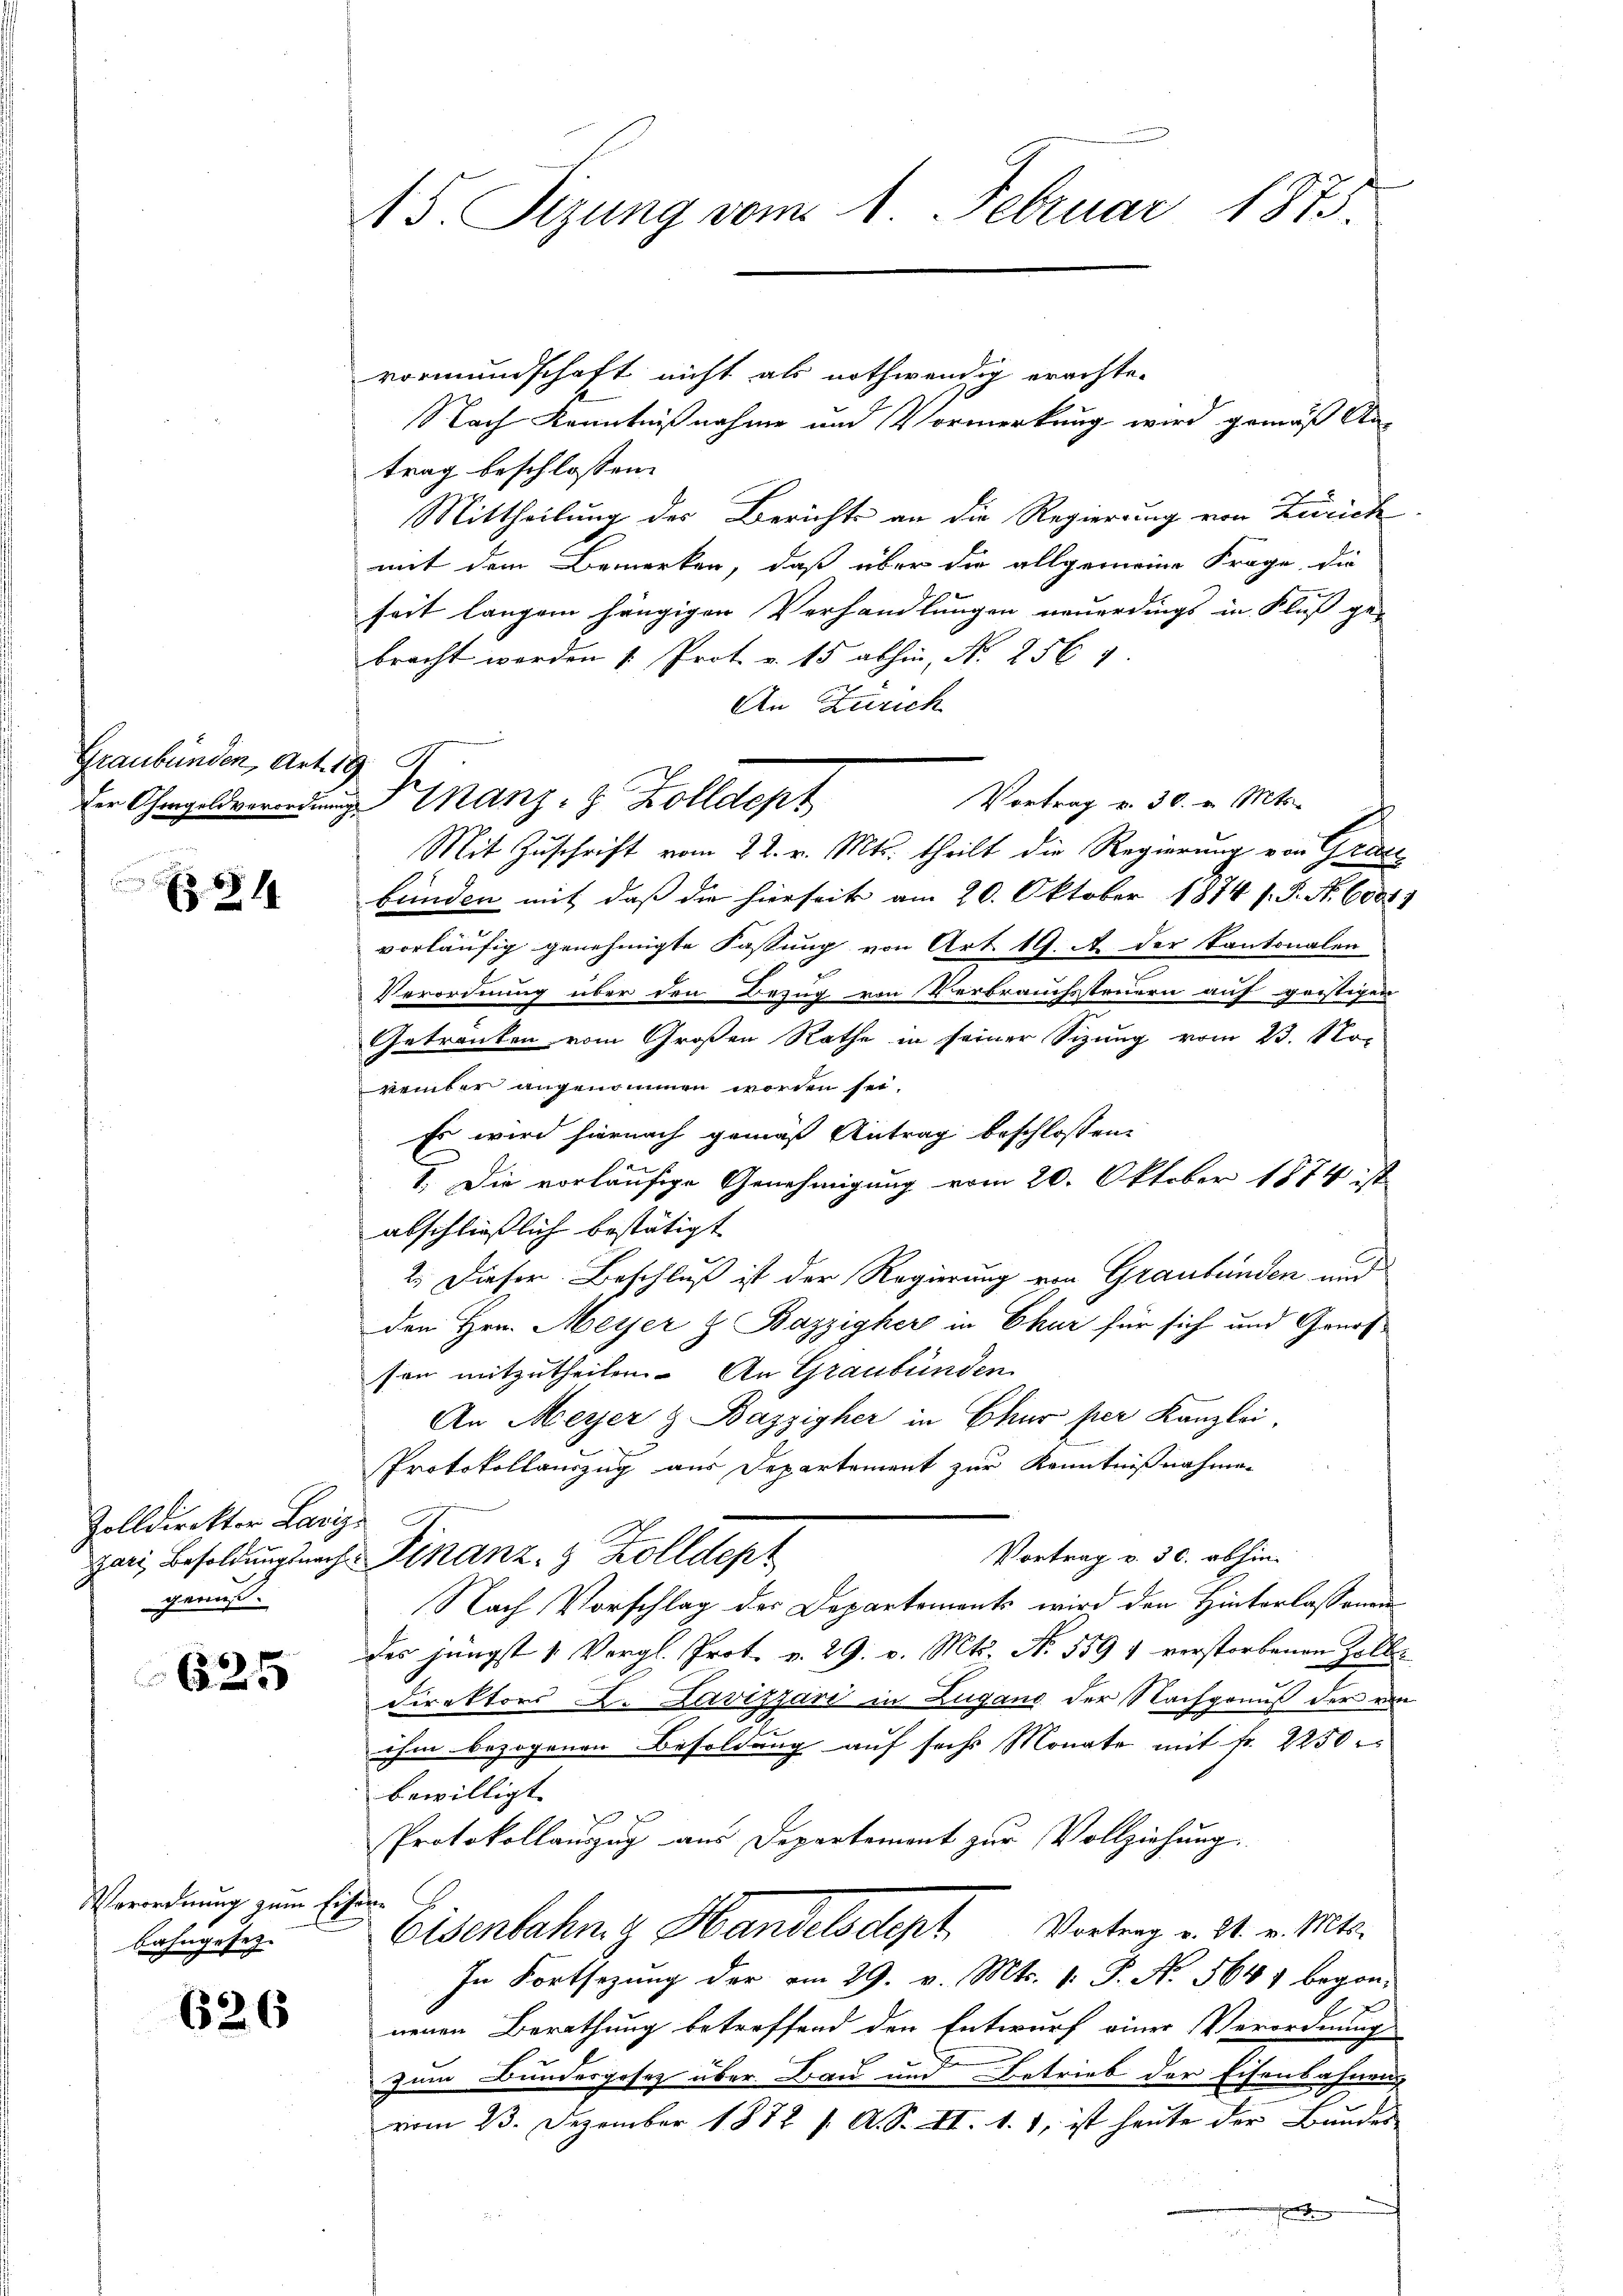
Graubünden, Art. 19

s. S. 14

vormundschaft nicht als nothwendig erachte-
Nach Kenntnißnahme und Vormerkung wird gemäß An-
trag beschlossen:
Mittheilung des Berichts an die Regierung von Zürich
mit dem Bemerken, daß über die allgemeine Frage, die
seit langen hängigen Verhandlungen neuerdings in Fluß ge-
bracht werden 1. Prot. v. 15 abhin, Nr. 256
An Zürich
Vortrag v. 30. v. Mts.
Mit Zuschrift vom 22. v. Mts. theilt die Regierung von Gratz
bunden mit daß die hierseit am 20. Oktober 1874 s. S. Nr. 6000
vorläufig genehmigte Fassung von Art. 19. A der Kantonalen
Verordnung über den Bezug von Verbrauchsteuern auf geistigen
Getranken vom Großen Rathe in seiner Sizung vom 23. November angenommen worden sei.
Es wird hiernach gemäß Antrag beschlossen:
r
1. Die vorläufige Genehmigung vom 20. Oktober 1874 ist
abschließlich bestätigt
2. Dieser Beschluß ist der Regierung von Graubünden und
den Hrn. Meyer & Bazzigher in Chur für sich und Genossen mitzutheilen. An Graubünden
An Meyer & Bazzigher in Chur per Kanzlei.
Protokollauszug aus Departement zur Kenntnißnahmen
Vortrag v. 30. abhin-
Hari, Besoldungsnach Finanz- & Zolldept
Nach Vorschlag des Departements wird den Hinterlassenen
des jüngst 1. Vergl. Prot. v. 29. v. Mts. N. 559 4 verstorbenen Zolle
direktors A. Lavizzari in Lugano der Nachgenuß der von
ihm bezogenen Besoldung auf sechs Monate mit Fr. 2250
bewilligt. |
Protokollauszug aus Departement zur Vollziehung.
Eisenbahng Handelsdept. Vortrag v. 21. v. Mts.
In Fortsezung der am 29. v. Mts. 1. P. Nr. 564, begon-
neuen Berathung betreffend den Entwurf einer Verordnung
zum Bundesgesetz über Bau und Betrieb der Eisenbahnung
vom 23. Dezember 1872 f. A. S. II. 1. 1, ist heute der Bunder
F
¬

Zolldirektor Laviz
genuß.

625

Verordnung zum Erforbahngesetz.

626

15. Sizung vom 1. Februar 1873.

Der Ohmgeldverordnung Finanz- & Zolldept